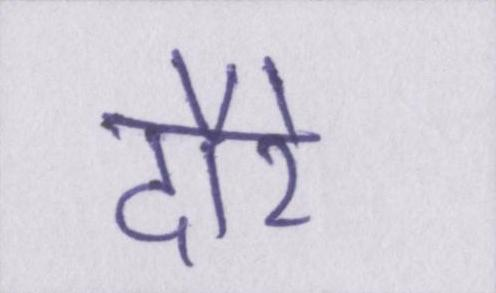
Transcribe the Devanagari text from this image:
दौरे